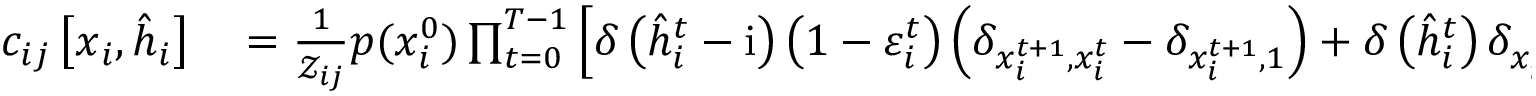
\begin{array} { r l } { c _ { i j } \left[ \boldsymbol { x } _ { i } , \hat { \boldsymbol { h } } _ { i } \right] } & { { } = \frac { 1 } { \mathcal { Z } _ { i j } } p ( x _ { i } ^ { 0 } ) \prod _ { t = 0 } ^ { T - 1 } \left[ \delta \left( \hat { h } _ { i } ^ { t } - \mathrm { i } \right) \left( 1 - \varepsilon _ { i } ^ { t } \right) \left( \delta _ { x _ { i } ^ { t + 1 } , x _ { i } ^ { t } } - \delta _ { x _ { i } ^ { t + 1 } , 1 } \right) + \delta \left( \hat { h } _ { i } ^ { t } \right) \delta _ { x _ { i } ^ { t + 1 } , 1 } \right] } \end{array}